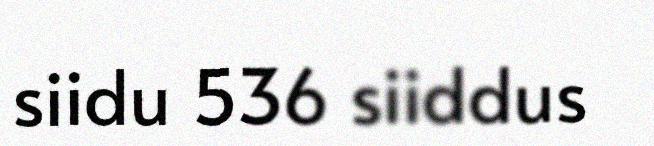
siidu 536 siiddus